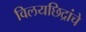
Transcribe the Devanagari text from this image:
विलयछिद्रांचे